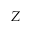
Z